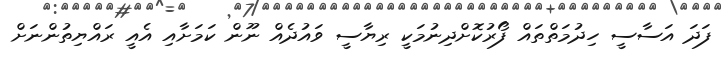
ފަދަ އަސާސީ ހިދުމަތްތައް ފޯރުކޮށްދިނުމަކީ ރިޔާސީ ވައުދެއް ނޫން ކަމަށާއި އެއީ ރައްޔިތުންނަށް